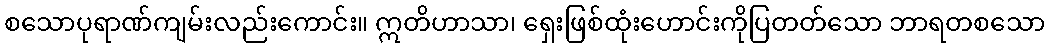
စသောပုရာဏ်ကျမ်းလည်းကောင်း။ ဣတိဟာသာ၊ ရှေးဖြစ်ထုံးဟောင်းကိုပြတတ်သော ဘာရတစသော